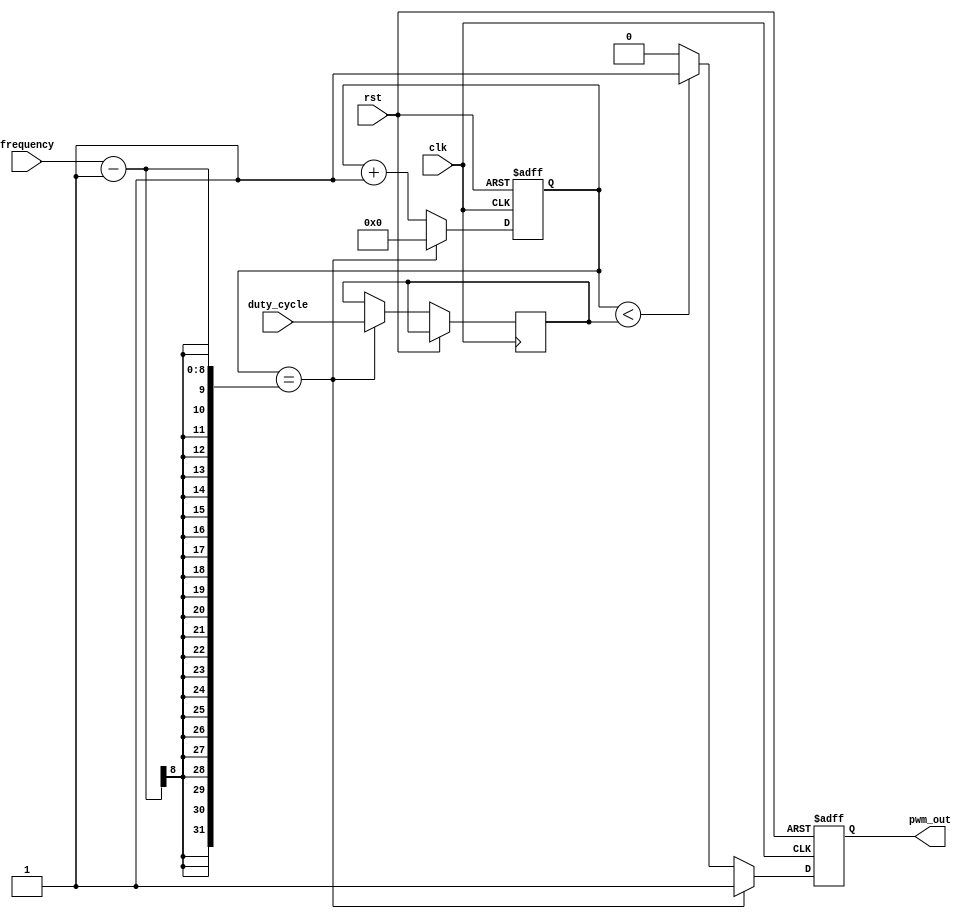
module PWM_generator (
    input wire clk,
    input wire rst,
    input wire [7:0] frequency,
    input wire [7:0] duty_cycle,
    output reg pwm_out
);

reg [7:0] cnt;
reg [7:0] cmp_value;

always @(posedge clk or posedge rst) begin
    if (rst) begin
        cnt <= 8'd0;
        pwm_out <= 1'b0;
    end else begin
        if(cnt == frequency - 1) begin
            cnt <= 8'd0;
            pwm_out <= 1'b1;
            cmp_value <= duty_cycle;
        end else begin
            cnt <= cnt + 8'd1;
            if(cnt < cmp_value) begin
                pwm_out <= 1'b1;
            end else begin
                pwm_out <= 1'b0;
            end
        end
    end
end

endmodule